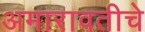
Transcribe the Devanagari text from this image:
अमारावतीचे